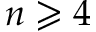
n \geqslant 4